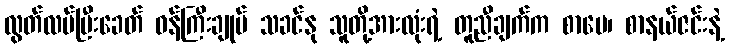
လွတ်လပ်ပြီးခေတ် ဝန်ကြီးချုပ် သခင်နု သူတို့အားလုံးရဲ့ တူညီချက်က စာပေ၊ စာနယ်ဇင်းနဲ့